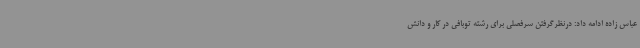
عباس زاده ادامه داد: درنظرگرفتن سرفصلی برای رشته توبافی در کار و دانش